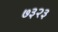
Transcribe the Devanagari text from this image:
७३२३